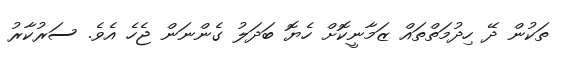
ތަކުން ދޭ ހިދުމަތްތައް ޒަމާނީކޮށް ހެޔޮ ބަދަލު ގެންނަން ޖެހެ އެވެ. ސަރުކާރު